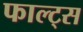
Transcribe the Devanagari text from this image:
फाल्ट्स